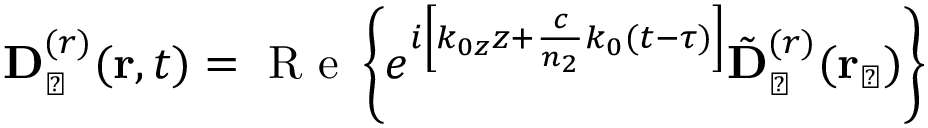
{ \bf D } _ { \perp } ^ { ( r ) } ( { \bf r } , t ) = \mathrm { ~ R ~ e ~ } \left\{ e ^ { i \left[ k _ { 0 z } z + \frac { c } { n _ { 2 } } k _ { 0 } ( t - \tau ) \right] } { \tilde { \bf D } } _ { \perp } ^ { ( r ) } ( { \bf r } _ { \perp } ) \right\}